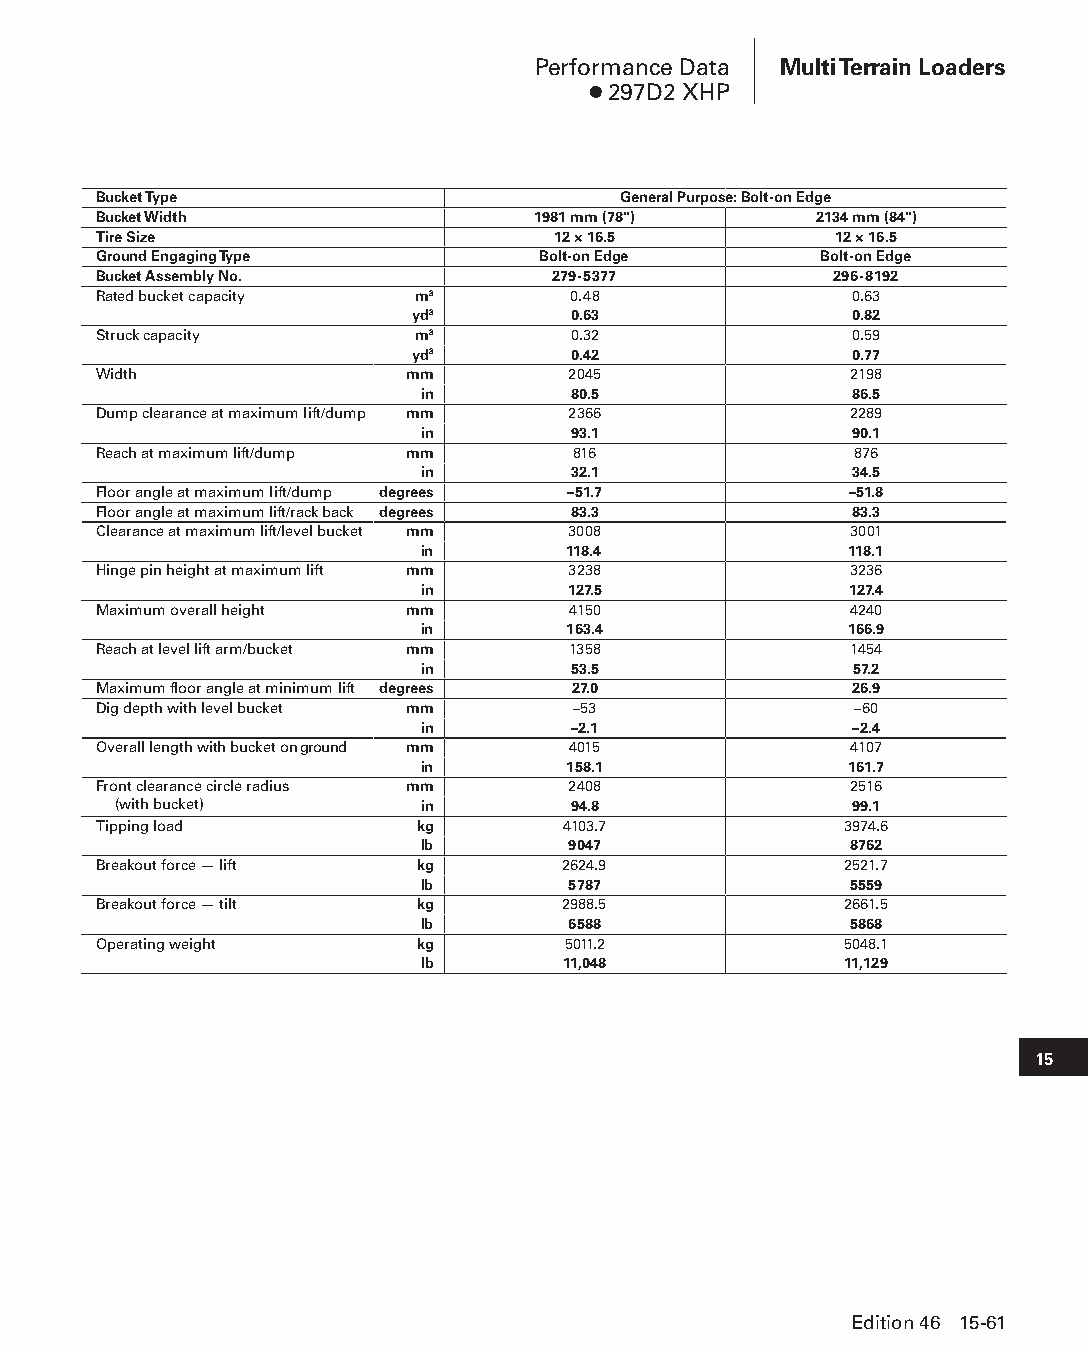
Performance Data Multi Terrain Loaders
 ● 297D2 XHP
 Bucket Type                       General Purpose: Bolt-on Edge
 Bucket Width                 1981 mm (78")     2134 mm (84")
 Tire Size                     12 × 16.5          12 × 16.5
 Ground Engaging Type         Bolt-on Edge       Bolt-on Edge
 Bucket Assembly No.           279-5377           296-8192
 Rated bucket capacity m3       0.48               0.63
 yd3       0.63               0.82
 Struck capacity      m3        0.32               0.59
 yd3       0.42               0.77
 Width               mm         2045               2198
 in        80.5               86.5
 Dump clearance at maximum lift/dump mm 2366       2289
 in        93.1               90.1
 Reach at maximum lift/dump mm  816                876
 in        32.1               34.5
 Floor angle at maximum lift/dump degrees –51.7    –51.8
 Floor angle at maximum lift/rack back degrees 83.3 83.3
 Clearance at maximum lift/level bucket mm 3008    3001
 in        118.4              118.1
 Hinge pin height at maximum lift mm 3238          3236
 in        127.5              127.4
 Maximum overall height mm      4150               4240
 in        163.4             166.9
 Reach at level lift arm/bucket mm 1358            1454
 in        53.5               57.2
 Maximum floor angle at minimum lift degrees 27.0  26.9
 Dig depth with level bucket mm –53                –60
 in        –2.1               –2.4
 Overall length with bucket on ground mm 4015      4107
 in        158.1              161.7
 Front clearance circle radius mm 2408             2516
 (with bucket)       in        94.8               99.1
 Tipping load         kg        4103.7            3974.6
 lb        9047               8762
 Breakout force — lift kg       2624.9            2521.7
 lb        5787               5559
 Breakout force — tilt kg       2988.5            2661.5
 lb        6588               5868
 Operating weight     kg        5011.2            5048.1
 lb        11,048            11,129
 15
 Edition 46 15-61
 PPHHBB--SSeecc1155--1166..iinndddd 6611                        1122//44//1155 1100::5511 AAMM